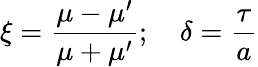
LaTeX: \xi=\frac{\mu-\mu^{\prime}}{\mu+\mu^{\prime}};\quad\delta=\frac{\tau}{a}